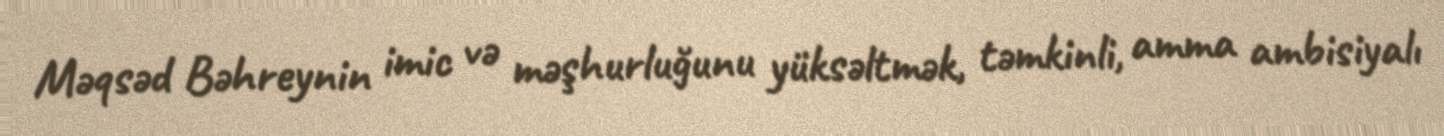
Məqsəd Bəhreynin imic və məşhurluğunu yüksəltmək, təmkinli, amma ambisiyalı